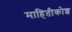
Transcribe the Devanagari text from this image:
माहितीकोश